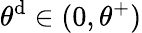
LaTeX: \theta^{\mathrm{d}}\in(0,\theta^{+})